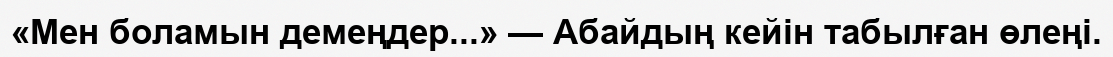
«Мен боламын демеңдер...» — Абайдың кейін табылған өлеңі.